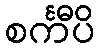
စင်္ကီပိ